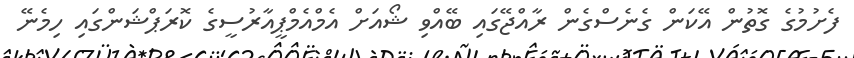
ފެށުމުގެ ގޮތުން އޭކަން ގެނެސްގެން ރާއްޖޭގައި ބޭއްވި ޝޯއަށް އެމްއެމްޕީއާރުސީގެ ކޮރަޕްޝަންގައި ހިމެނޭ